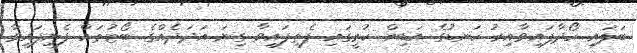
ބަލައި ހޯދާފައިވާއިރު ކަނޑުގެ އަޑިން ކުރީގައި ފެތިފައިވާ ގިނަ އަދަދެއްގެ ބޯޓުތައް ފެނިފައިވާ